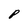
Character: P